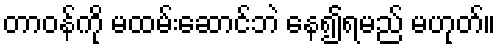
တာဝန်ကို မထမ်းဆောင်ဘဲ နေ၍ရမည် မဟုတ်။